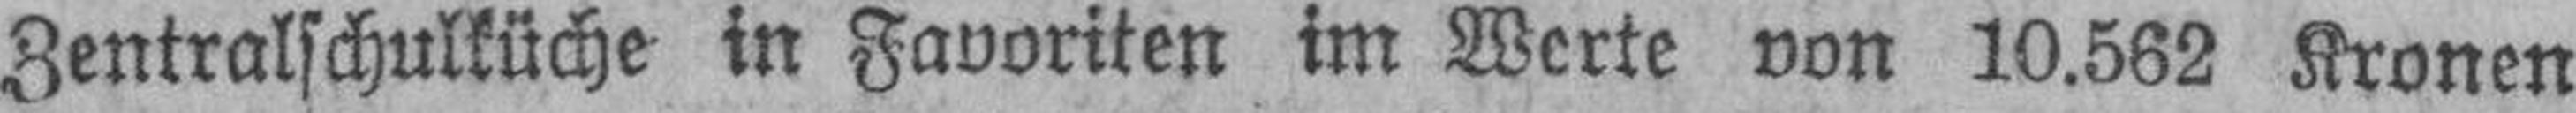
Zentralschulküche in Favoriten im Werte von 10.562 Kronen